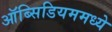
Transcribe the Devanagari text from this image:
ऑब्सिडियममध्ये